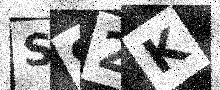
Text: S92K